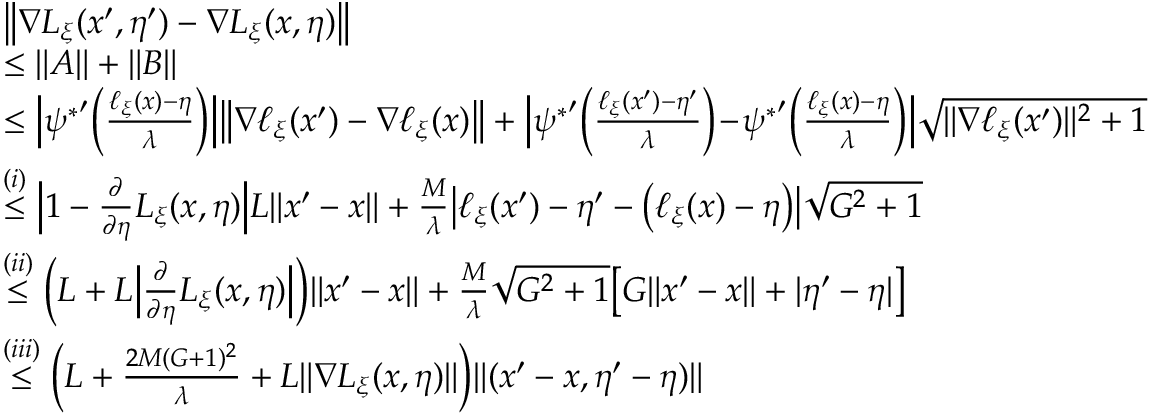
\begin{array} { r l } & { \big \| \nabla L _ { \xi } ( x ^ { \prime } , \eta ^ { \prime } ) - \nabla L _ { \xi } ( x , \eta ) \big \| } \\ & { \le \| A \| + \| B \| } \\ & { \le \Big | { \psi ^ { * } } ^ { \prime } \Big ( \frac { \ell _ { \xi } ( x ) - \eta } { \lambda } \Big ) \Big | \big \| \nabla \ell _ { \xi } ( x ^ { \prime } ) - \nabla \ell _ { \xi } ( x ) \big \| + \Big | { \psi ^ { * } } ^ { \prime } \Big ( \frac { \ell _ { \xi } ( x ^ { \prime } ) - \eta ^ { \prime } } { \lambda } \Big ) \! - \! { \psi ^ { * } } ^ { \prime } \Big ( \frac { \ell _ { \xi } ( x ) - \eta } { \lambda } \Big ) \Big | \sqrt { \| \nabla \ell _ { \xi } ( x ^ { \prime } ) \| ^ { 2 } + 1 } } \\ & { \overset { ( i ) } { \le } \Big | 1 - \frac { \partial } { \partial \eta } L _ { \xi } ( x , \eta ) \Big | L \| x ^ { \prime } - x \| + \frac { M } { \lambda } \big | \ell _ { \xi } ( x ^ { \prime } ) - \eta ^ { \prime } - \big ( \ell _ { \xi } ( x ) - \eta \big ) \big | \sqrt { G ^ { 2 } + 1 } } \\ & { \overset { ( i i ) } { \le } \Big ( L + L \Big | \frac { \partial } { \partial \eta } L _ { \xi } ( x , \eta ) \Big | \Big ) \| x ^ { \prime } - x \| + \frac { M } { \lambda } \sqrt { G ^ { 2 } + 1 } \big [ G \| x ^ { \prime } - x \| + | \eta ^ { \prime } - \eta | \big ] } \\ & { \overset { ( i i i ) } { \le } \Big ( L + \frac { 2 M ( G + 1 ) ^ { 2 } } { \lambda } + L \| \nabla L _ { \xi } ( x , \eta ) \| \Big ) \| ( x ^ { \prime } - x , \eta ^ { \prime } - \eta ) \| } \end{array}